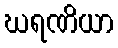
ဃရဏိယာ